talulepingud_et, lk 10
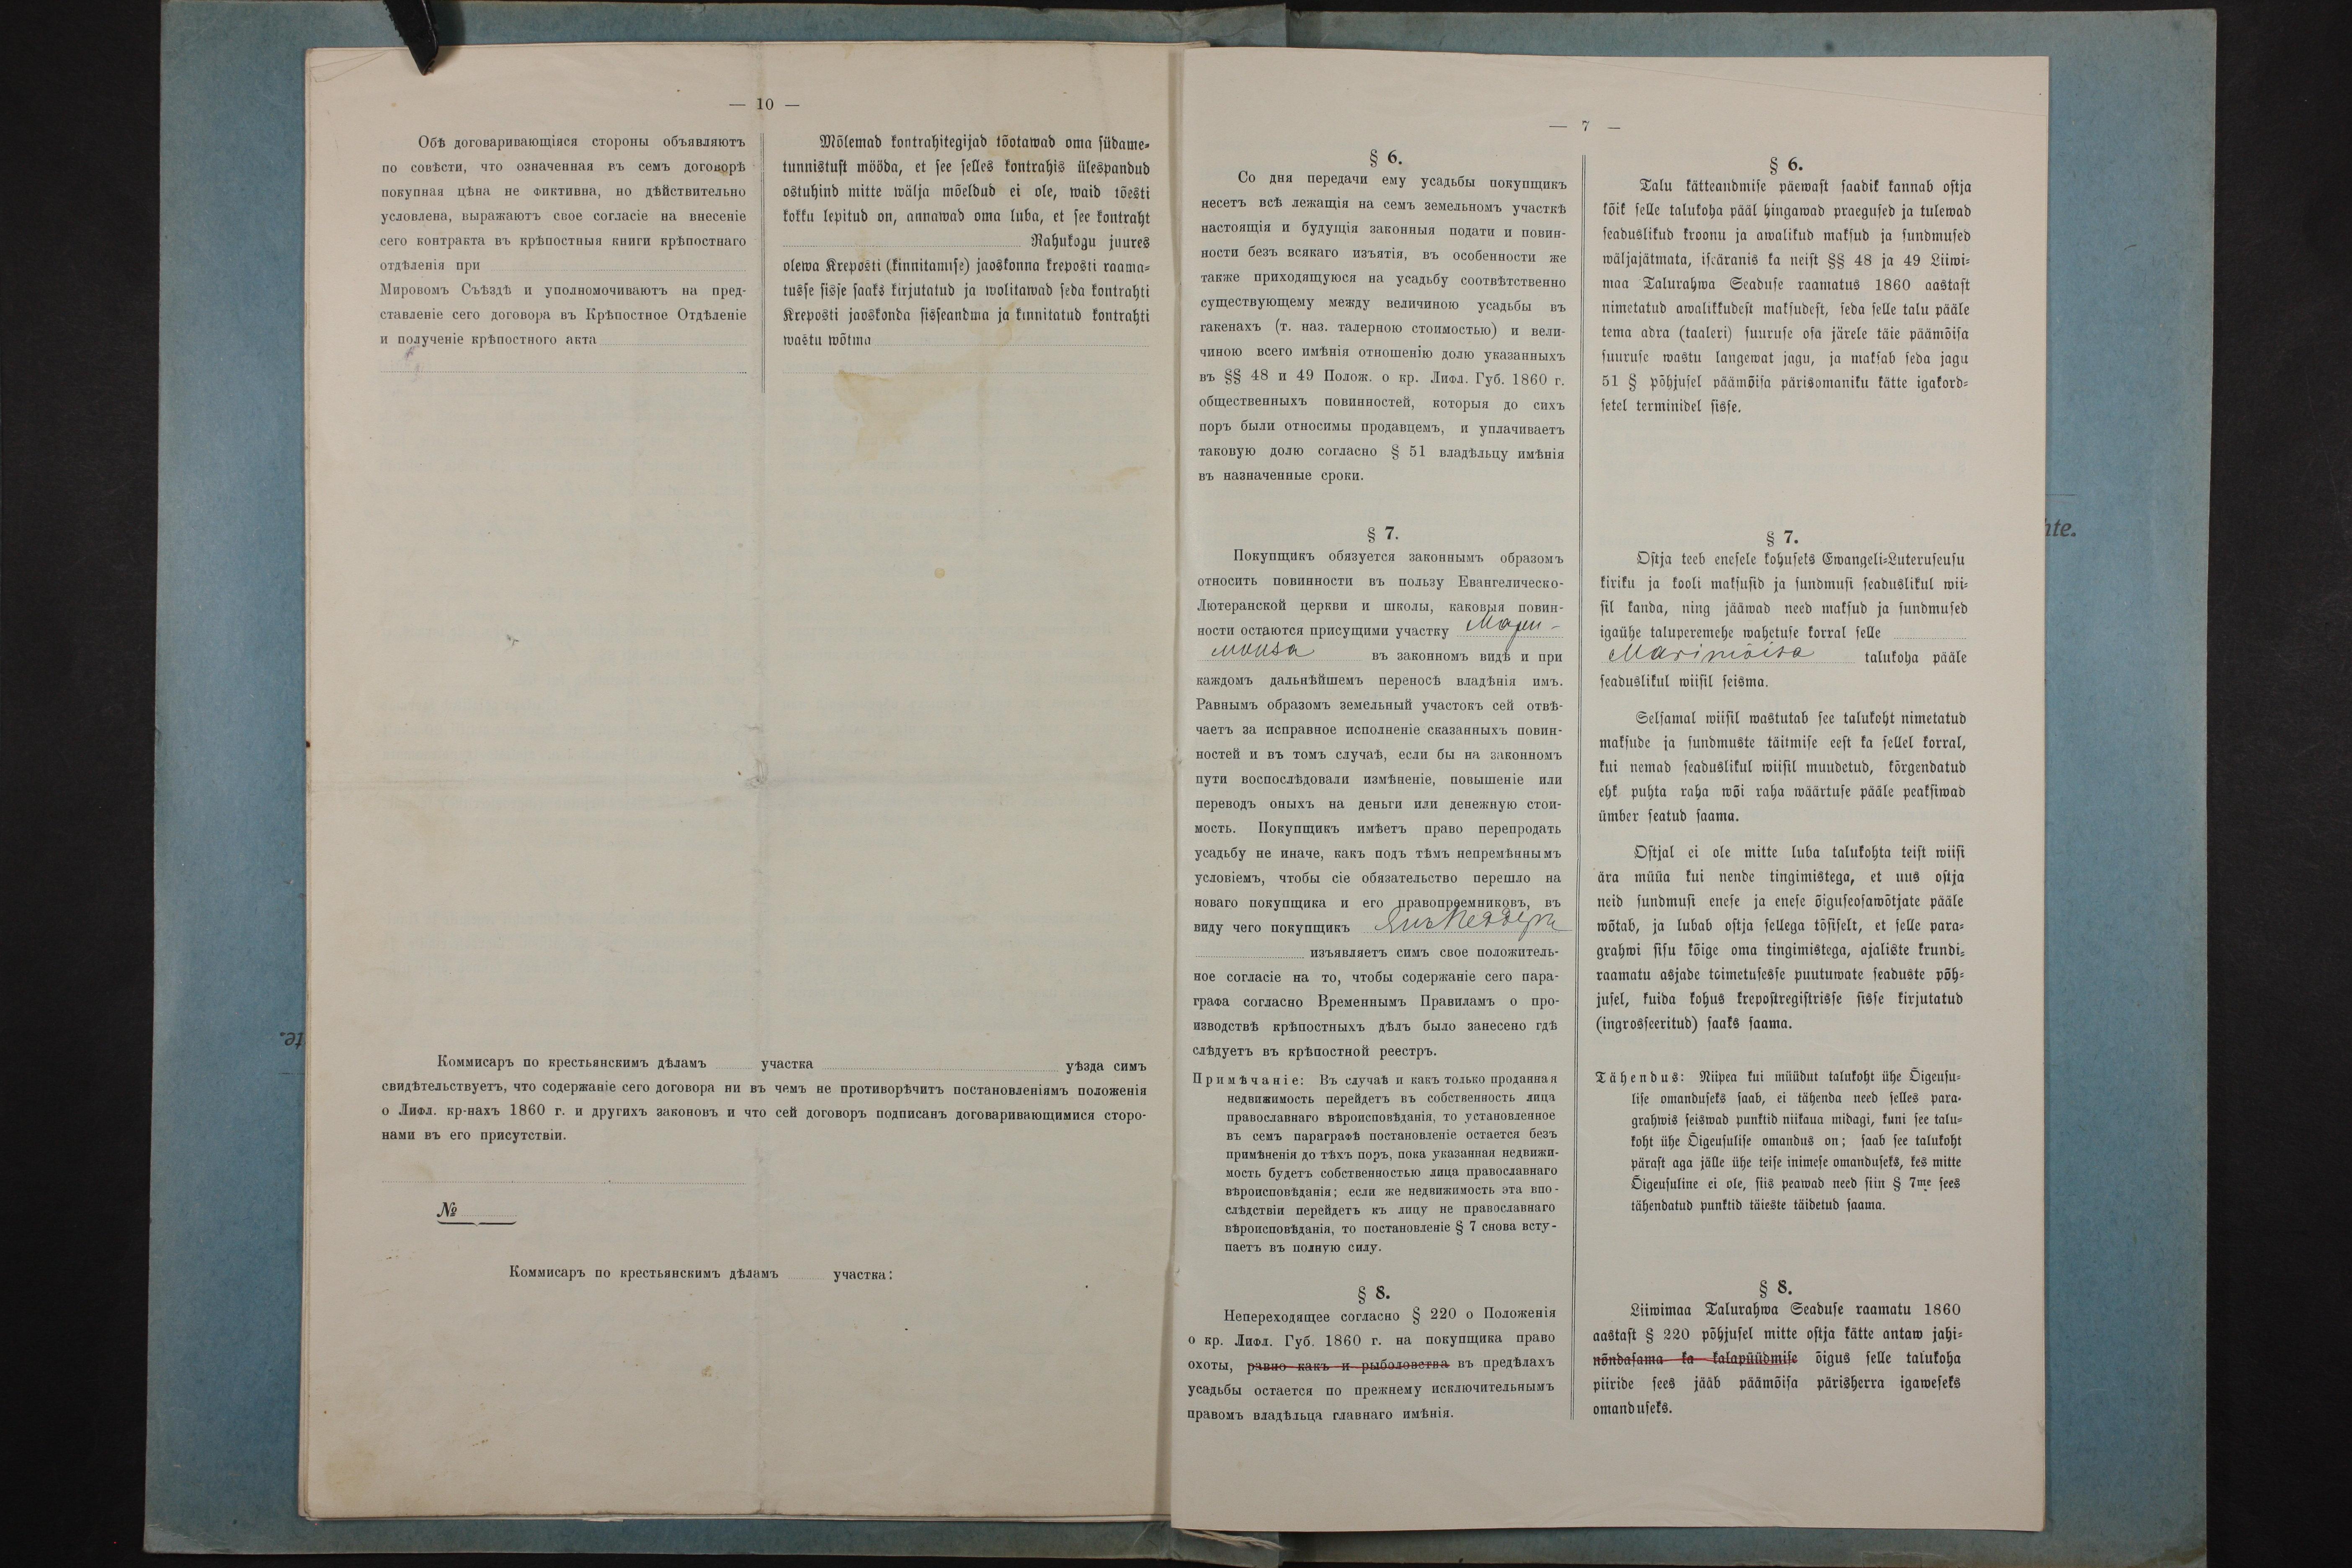
Mõlemad kontrahitegijad tõotawad oma südame-
tunnistust mööda, et see selles kontrahis ülespandud
ostuhind mitte wälja mõeldud ei ole, waid tõesti
kokku lepitud on, annawad oma luba, et see kontraht
Rahukogu juures
olewa Kreposti (kinnitamise) jaoskonna kreposti raama-
tusse sisse saaks kirjutatud ja wolitawad seda kontrahti
Kreposti kaoskonda sisseandma ja kinnitatud kontrahti
wastu wõtma

§ 6.
Talu kätteandmise päewast saadik kannab ostja
kõik selle talukoha pääl hingawad praegused ja tulewad
seaduslikud kroonu ja awalikud maksud ja sundmused
wäljajätmata, iseäranis ka neist §§ 48 ja 49 Liiwi-
maa Talurahwa Seaduse raamatus 1860 aastast
nimetatud awalikkudest maksudest, seda selle talu pääle
tema adra (taaleri) suuruse osa järele täie päämõisa
suuruse wastu langewat jagu, ja maksab seda jagu
51 § põhjusel päämõisa pärisomaniku kätte igakord-
setel terminidel sisse.
§ 7.
Ostja teeb enesele kohuseks Ewangeli-Luteruseusu
kiriku ja kooli maksusid ja sundmusi seaduslikul wii-
sil kanda, ning jääwad maksud ja sundmused
igaühe taluperemehe wahetuse korral selle
Marimõisa talukoha pääle
seaduslikul wiisil seisma.
Selsamal wiisil wastutab see talukoht nimetatud
maksude ja sundmuste täitmise eest ka sellel korral,
kui nemad seaduslikul wiisil muudetud, kõrgendatud
ehk puhta raha wõi waha wäärtuse pääle peaksiwad
ümber seatud saama
Ostjal ei ole mitte luba talukohta teist wiisi
ära müüa kui nende tingimistega, et uus ostja
neid sundmusi enese ja enese õiguseosawõtjate pääle
wõtab, ja lubab ostja sellega tõsiselt, et selle para-
grahwi sisu kõige oma tingimistega, ajaliste krundi-
raamatu asjade toimetusesse puutuwate seaduste põh-
jusel, kuida kohus krepostregistrisse sisse kirjutatud
(ingrosseerritud) saaks saama.
Tähendus: Niipea kui müüdut talukoht ühe Õigeusu-
lise omanduseks saab, ei tähenda need selles para-
grahwis seiswad punktid niikaua midagi, kuni see talu-
koht ühe Õigeusulise omandus on; saab see talukoht
pärast aga jälle ühe teise inimese omanduseks, kes mitte
Õigeusuline ei ole, siis peawad need siin § 7me sees
tähendatud punktid täieste täidetud saama.
§ 8.
Liiwimaa Talurahwa Seaduse raamatu 1860
aastast § 220 põhjusel mitte ostja kätte antaw jahi-
nõndasama ka kalapüüdmise õigus selle talukoha
piiride sees jääb päämõisa pärishärra igaweseks
omanduseks.